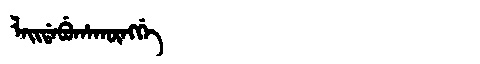
Manchu: ᠯᠠᡳᡩᠠᠪᡠᡥᠠᡴᡡᠩᡤᡝ
Romanization: LAIDABUHAKŪNGGE